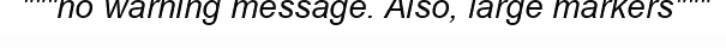
"""no warning message. Also, large markers"""